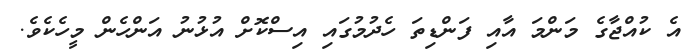
އެ ކުއްޖާގެ މަންމަ އާއި ފަންޑިތަ ހެދުމުގައި އިސްކޮށް އުޅުނު އަންހެން މީހެކެވެ.